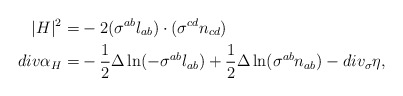
\begin{align*}|H|^2 = & -2 (\sigma^{ab}l_{ab})\cdot (\sigma^{cd} n_{cd})\\ div \alpha_H = & -\frac{1}{2} \Delta \ln ( -\sigma^{ab}l_{ab}) + \frac{1}{2} \Delta \ln ( \sigma^{ab} n_{ab}) - div_{\sigma} \eta,\end{align*}